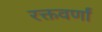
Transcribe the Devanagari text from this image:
रक्तवर्णां